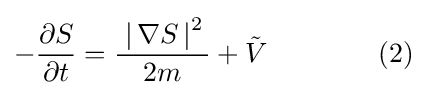
-{\frac {\partial S}{\partial t}}={\frac {\;\left|\,\nabla S\,\right|^{2}\,}{2m}}+{\tilde {V}}\qquad \qquad (2)